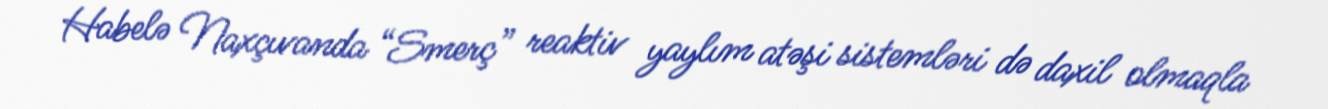
Habelə Naxçıvanda “Smerç” reaktiv yaylım atəşi sistemləri də daxil olmaqla